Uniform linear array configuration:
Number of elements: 64
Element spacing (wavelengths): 0.5
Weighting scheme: binomial
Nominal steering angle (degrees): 60
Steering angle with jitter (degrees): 58.615
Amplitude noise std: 0.05
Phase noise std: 0.05

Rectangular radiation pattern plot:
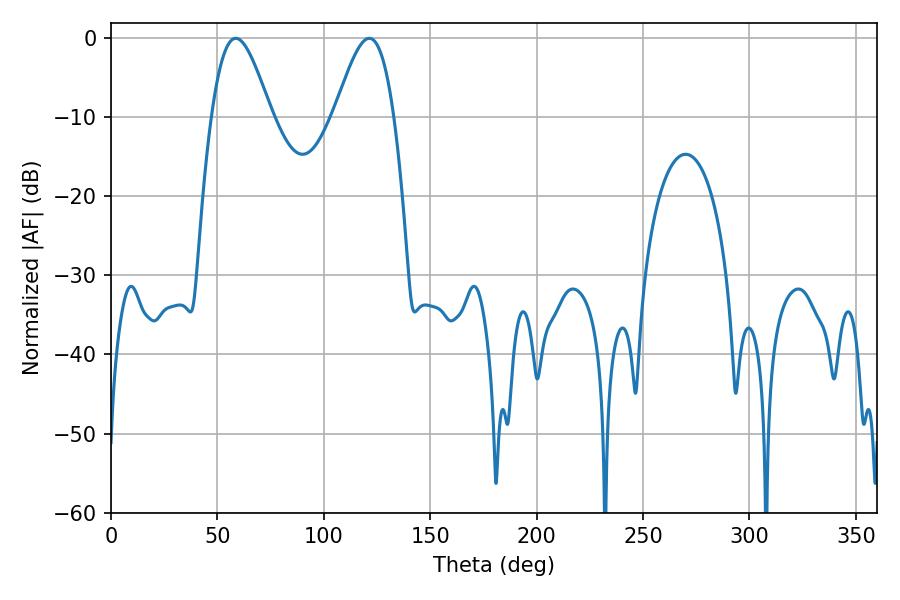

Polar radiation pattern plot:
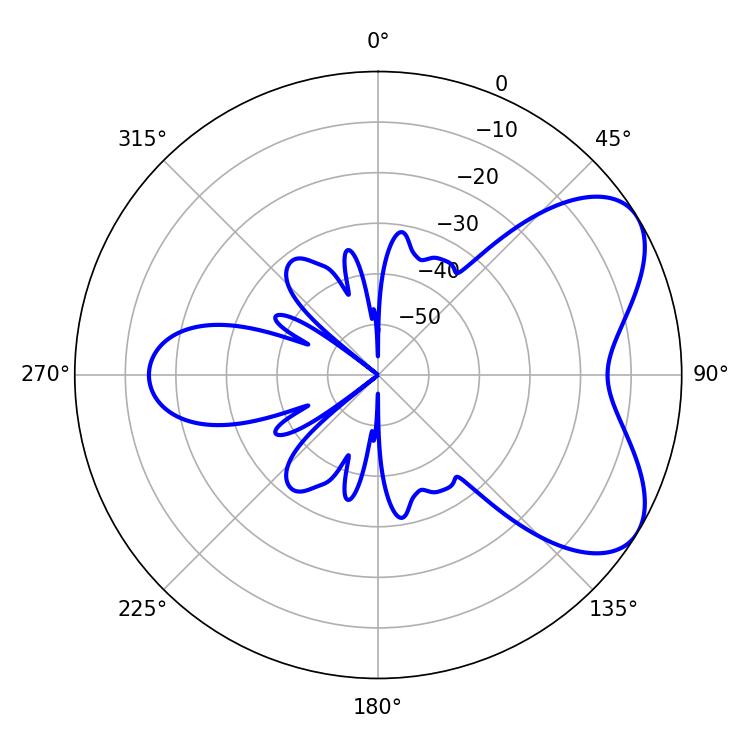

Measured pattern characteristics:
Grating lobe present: FALSE
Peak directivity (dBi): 6.026
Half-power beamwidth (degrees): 14.94
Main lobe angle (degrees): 58.68